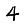
Digit: 4